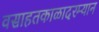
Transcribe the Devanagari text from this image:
वसाहतकाळादरम्यान